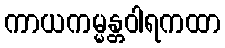
ကာယကမ္မန္တဝါရကထာ